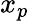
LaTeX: x_{p}